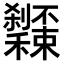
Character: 𥤔